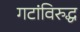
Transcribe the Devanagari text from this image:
गटांविरुद्ध